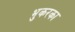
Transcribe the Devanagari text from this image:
भुकरका